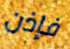
فإذن